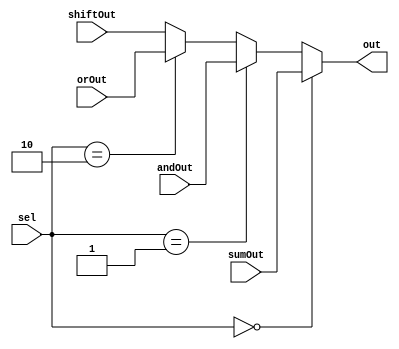
module Multiplexer_4_input(out, sumOut, andOut, orOut, shiftOut, sel);

output[31:0] out;
input[31:0] sumOut, andOut, orOut, shiftOut;
input[1:0] sel;

reg[31:0] out;
parameter sum_ = 2'b00, and_ = 2'b01, or_ = 2'b10, shift_ = 2'b11;  

always@(sel or sumOut or andOut or orOut or shiftOut) begin
	if(sel == sum_) begin
		out = sumOut;
	end
	else if(sel == and_) begin
		out = andOut;
	end
	else if(sel == or_) begin
		out = orOut;
	end
	else begin
		out = shiftOut;
	end
end


endmodule